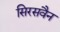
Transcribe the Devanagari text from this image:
सिरसवैन